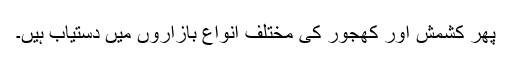
پھر کشمش اور کھجور کی مختلف انواع بازاروں میں دستیاب ہیں۔